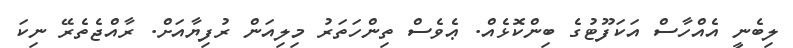
ލިބެނީ އެއްހާސް އަކަފޫޓުގެ ބިންކޮޅެއް. ޢެވެސް ތިންހަތަރު މިލިއަން ރުފިޔާއަށް. ރާއްޖެތެރޭ ނިކަ